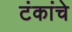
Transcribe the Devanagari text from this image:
टंकांचे